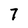
Character: 7